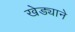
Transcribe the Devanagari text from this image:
खेड्याने